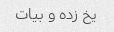
یخ زده و بیات